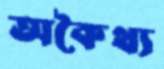
অকৈথ্য